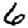
Digit: 6